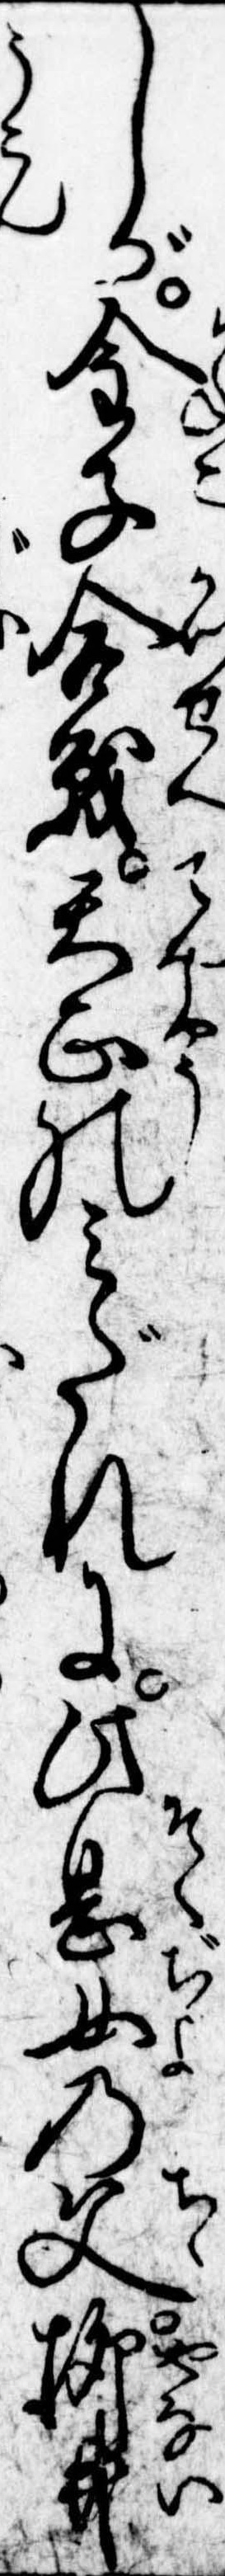
しが金子合戦天正のみだれに此息女の父柳井